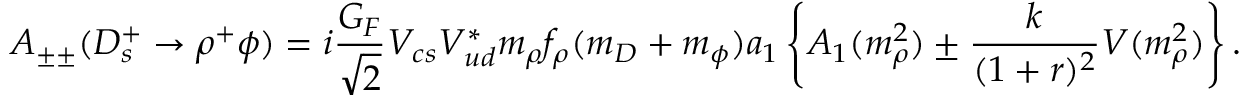
A _ { \pm \pm } ( D _ { s } ^ { + } \rightarrow \rho ^ { + } \phi ) = i { \frac { { G } _ { F } } { \sqrt { 2 } } } V _ { c s } V _ { u d } ^ { * } m _ { \rho } f _ { \rho } ( m _ { D } + m _ { \phi } ) a _ { 1 } \left\{ A _ { 1 } ( m _ { \rho } ^ { 2 } ) \pm { \frac { k } { ( 1 + r ) ^ { 2 } } } V ( m _ { \rho } ^ { 2 } ) \right\} .